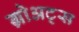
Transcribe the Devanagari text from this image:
ग्रोअट्स